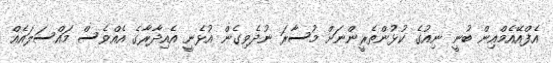
އެފްއޭއެމްއިން ބުނީ ނިއުގެ ކުޅުންތެރީންނަށް މުސާރަ ނުދެވިގެން އުޅެނީ އެއިދާރާގެ އެއްވެސް މައްސަލައެއް